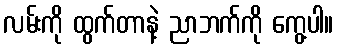
လမ်းကို ထွက်တာနဲ့ ညာဘက်ကို ကွေ့ပါ။